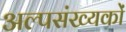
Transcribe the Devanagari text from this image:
अल्पसंख्‍यकों